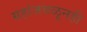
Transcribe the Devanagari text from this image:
ग्रहांजवळूनही